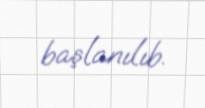
başlanılıb.